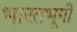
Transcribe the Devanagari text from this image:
भारतभूमी